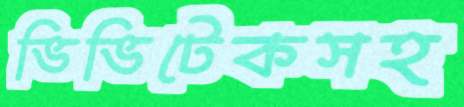
ভিভিটেকসহ